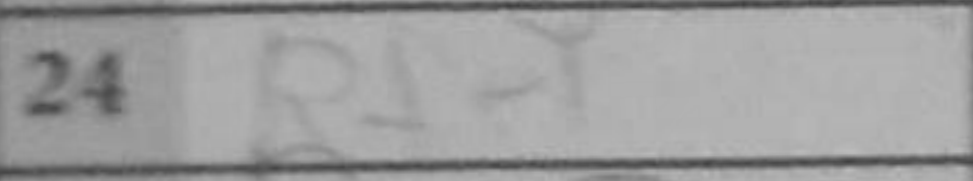
Transcription: Rfe1